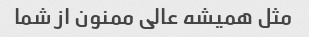
مثل همیشه عالی ممنون از شما